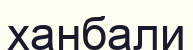
ханбали